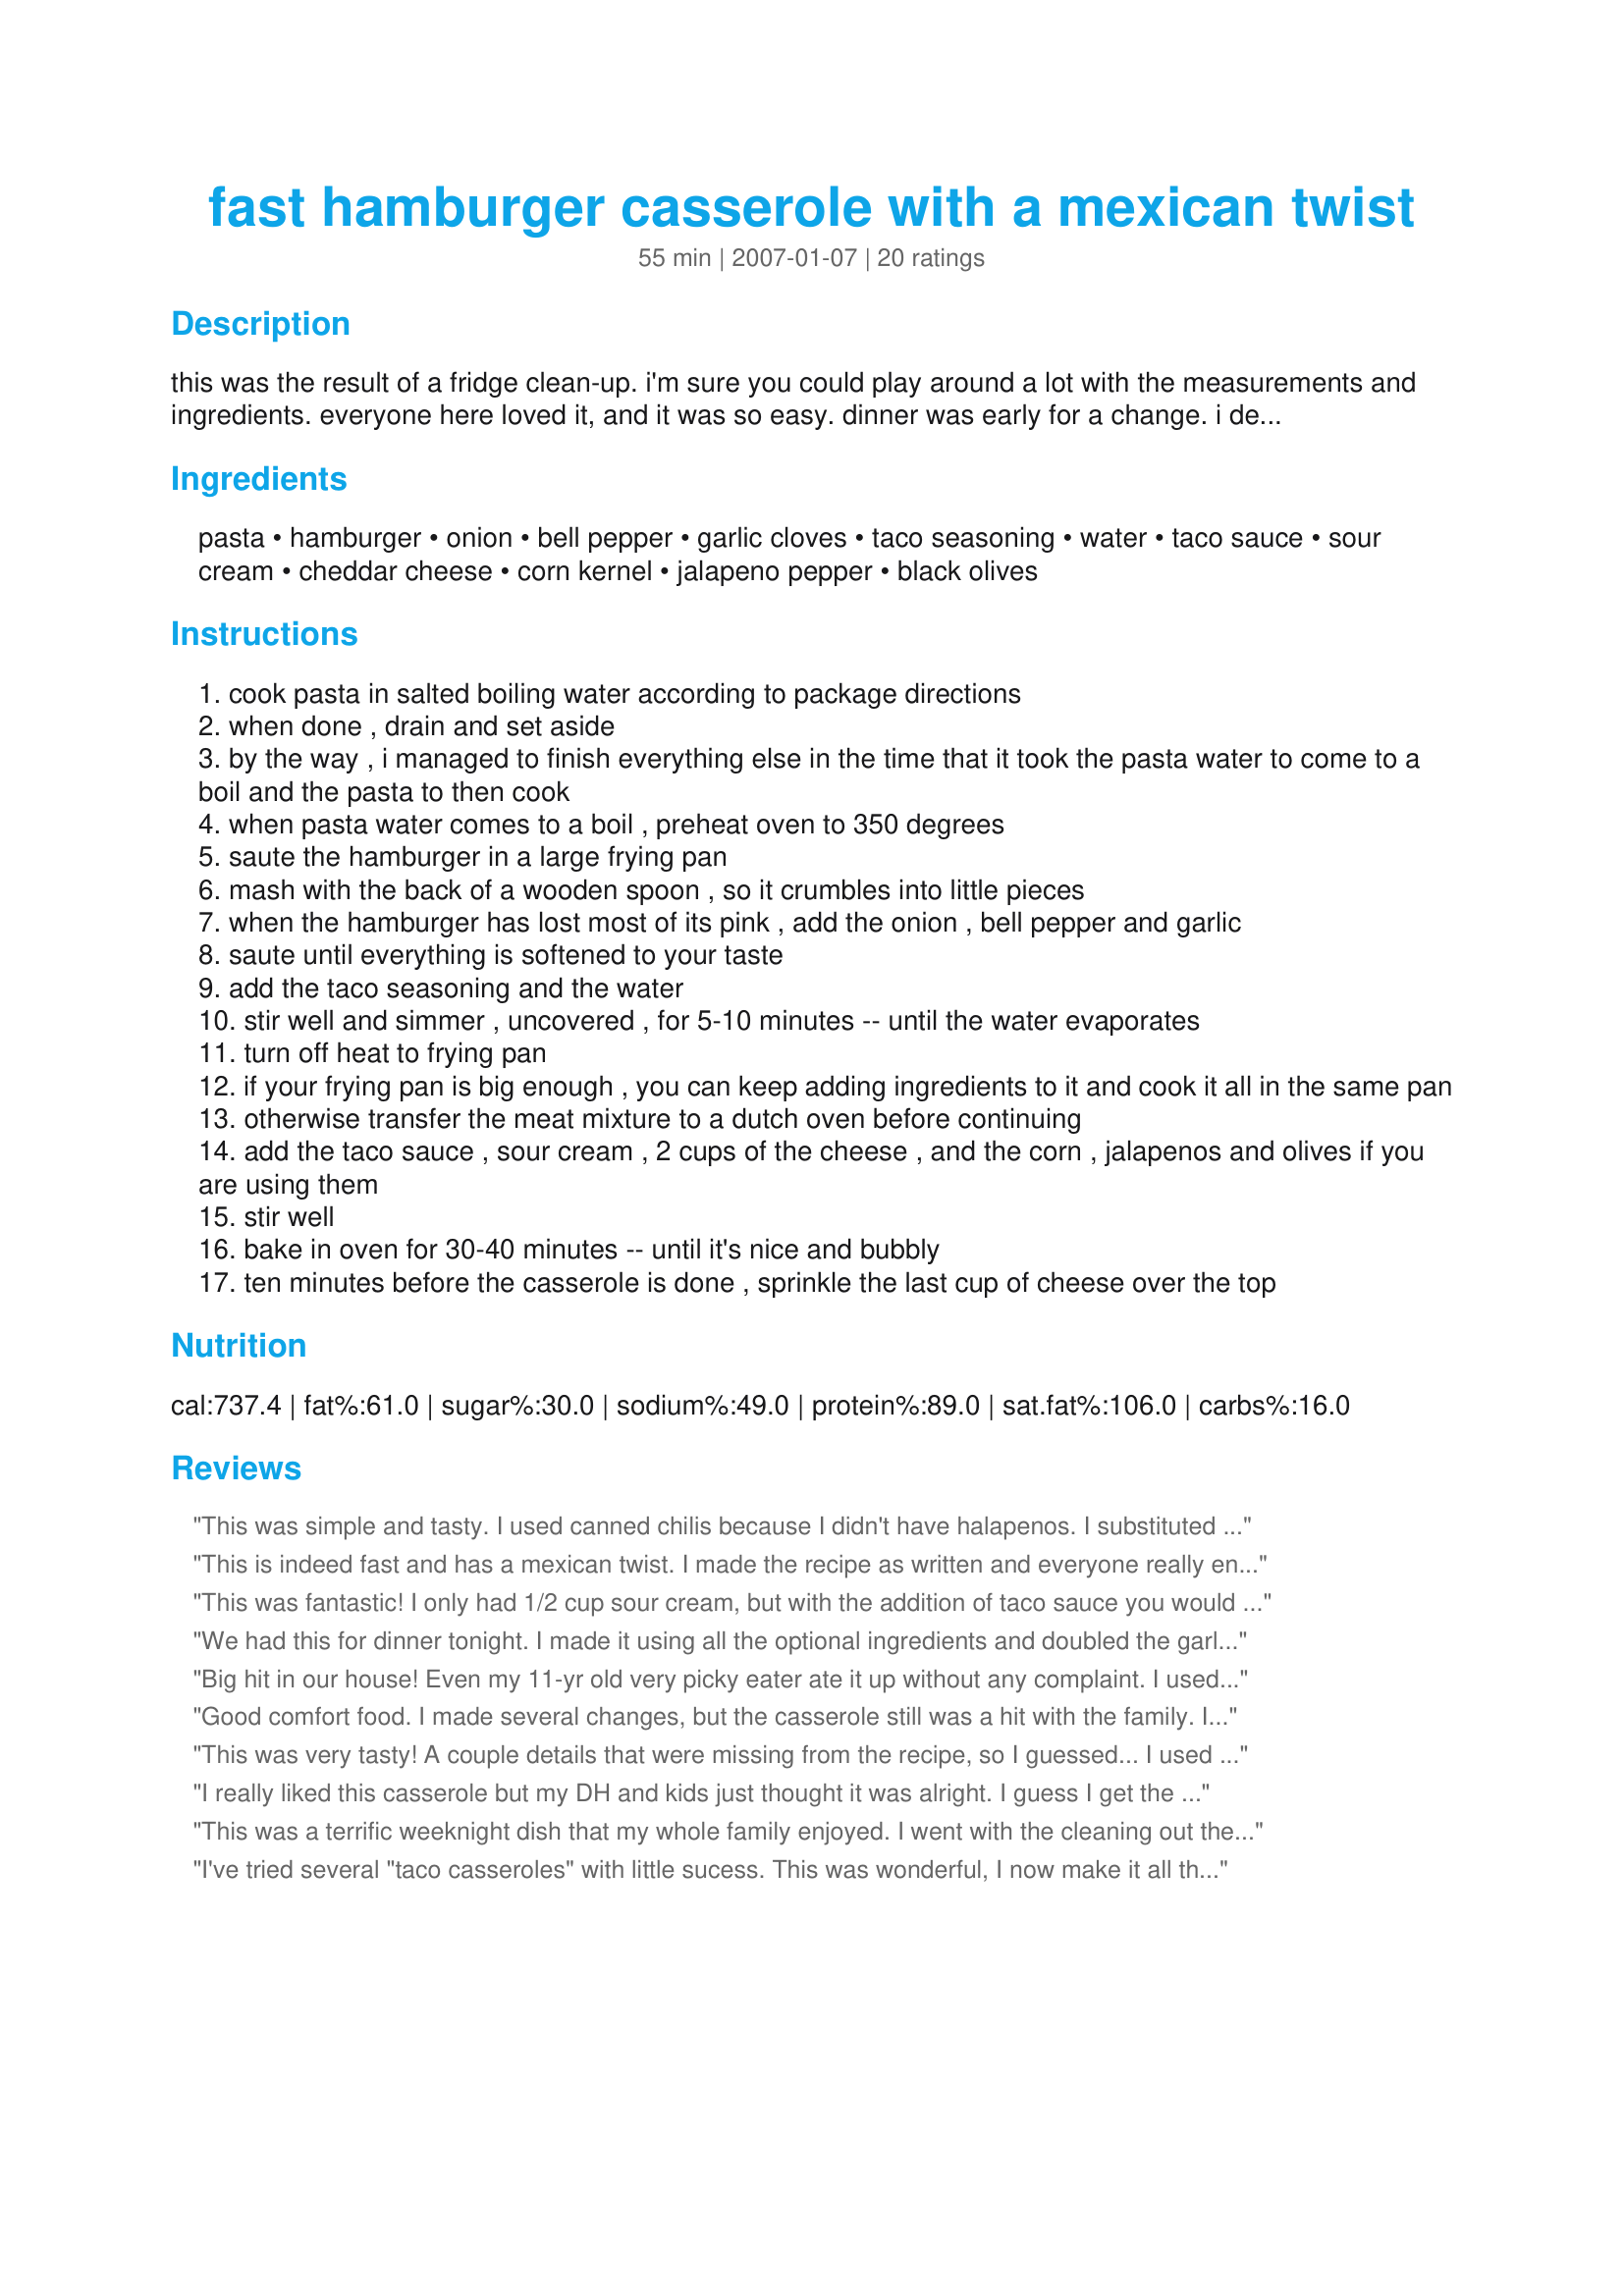
fast hamburger casserole with a mexican twist
Preparation time: 55 minutes

this was the result of a fridge clean-up. i'm sure you could play around a lot with the measurements and ingredients. everyone here loved it, and it was so easy. dinner was early for a change. i decided to post it before i forgot it. many thanks to those who have tried, enjoyed and reviewed this recipe. i always try a zmail to thank you, but can't always get through.

Ingredients:
pasta, hamburger, onion, bell pepper, garlic cloves, taco seasoning, water, taco sauce, sour cream, cheddar cheese, corn kernel, jalapeno pepper, black olives

Steps:
cook pasta in salted boiling water according to package directions
when done , drain and set aside
by the way , i managed to finish everything else in the time that it took the pasta water to come to a boil and the pasta to then cook
when pasta water comes to a boil , preheat oven to 350 degrees
saute the hamburger in a large frying pan
mash with the back of a wooden spoon , so it crumbles into little pieces
when the hamburger has lost most of its pink , add the onion , bell pepper and garlic
saute until everything is softened to your taste
add the taco seasoning and the water
stir well and simmer , uncovered , for 5-10 minutes -- until the water evaporates
turn off heat to frying pan
if your frying pan is big enough , you can keep adding ingredients to it and cook it all in the same pan
otherwise transfer the meat mixture to a dutch oven before continuing
add the taco sauce , sour cream , 2 cups of the cheese , and the corn , jalapenos and olives if you are using them
stir well
bake in oven for 30-40 minutes -- until it's nice and bubbly
ten minutes before the casserole is done , sprinkle the last cup of cheese over the top

Reviews:
This was simple and tasty. I used canned chilis because I didn't have halapenos. I substituted extra sharp grated cheddar cheese to add to the zip. We like sharp flavors. I made enough to freeze a second dish...I love doubling recipes and freezing for a really convenient meal when needed or feeling lazy. I'm going to try baking corn bread on top to give it that extra twist.
This is indeed fast and has a mexican twist. I made the recipe as written and everyone really enjoyed it. I am going with 5 stars because in addition to being inexpensive and yummy, it was EASY as can be. Thanks for the great recipe Peggy! Reviewed for PAC spring 08
This was fantastic! I only had 1/2 cup sour cream, but with the addition of taco sauce you would never know I was short on sour cream. I didn't add jalapeno's, we're whimps. This was easy, filling and tasty. Thanks so much Peggy!
We had this for dinner tonight. I made it using all the optional ingredients and doubled the garlic and cheese on top. Everyone enjoyed it!
Big hit in our house! Even my 11-yr old very picky eater ate it up without any complaint. I used a mix of pepper jack and cheddar, left out the olives and jalepenos, and took the suggestion of one of the reviews and sprinkled some crushed Doritos on top. I'm sure I'll make this again! Thanks for the recipe!
Good comfort food. I made several changes, but the casserole still was a hit with the family. I didn't have sour cream or onions, so I substituted French onion chip dip. I had left over macaroni and cheese, and used that instead of the pasta called for in the recipe. My fussy 19-year-old won't eat olives, so I skipped them, and swapped shredded mozzarella for the cheddar. Lastly, because my family was STARVING, I threw everthing together in a skillet and heated it on the stovetop. The casserole was spicy, cheesy, and easy. Thanks!
This was very tasty! A couple details that were missing from the recipe, so I guessed... I used a 9x13 glass dish & mixed the noodles in with everything else before baking. Also, I opted to used 2lbs. of hamburger and didn't have enough taco sauce (only about 3/4 cup) but it didn't seem to matter. I loved how easy this was to throw together! I will make this again! Thanks, Peggy! :)
I really liked this casserole but my DH and kids just thought it was alright. I guess I get the leftovers to myself, but thats okay by me. Thx for the recipe!
This was a terrific weeknight dish that my whole family enjoyed. I went with the cleaning out the fridge theme and added some celery that had seen better days, and a little hunk of Feta cheese that was lonely. I omitted the black olives as I didn't have any, and made it all in one pot. We all enjoyed this easy to put together meal. Thanks Peggy! Made for Aussie Swap :)
I've tried several "taco casseroles" with little sucess. This was wonderful, I now make it all the time. Thanks.
Really delicious Mexican casserole! I used a 12oz. box of pasta twirls and it turned out just great. Thanks for posting. Made for Aussie Recipe Swap June 2013.
Great way to use up leftovers. I did everything to the letter but, used a 4 cheese bag of Mexican cheeses. Anyone could tweak this to suit their tastes. Thanks for posting this keeper!
I tried this tonight and the family loved it, my 2-year old even took a second helping. I didn't have any taco sauce on hand, so I omitted that and it still came out quite flavorful ... in fact I don't even think it needs the taco sauce. I also added twice the sour cream it calls for, so it would be really creamy - and it was great. I added a can of corn, as suggested and would recommend adding to the recipe. Definitely a keeper.
Just made this and we loved it! The only change we made that we felt was neccessary was the addition of crunched up Tortilla chips on top. Definatly added the perfect touch! (I did omit the corn & black olives. I added a little extra sour cream and used 2lbs of hamburger instead of 1.5). Used a 9x13 casserole dish to bake it in.
This was really tasty! Next time I will add additional taco sauce. Other than that, it was a fast, and easy meal that made plenty of leftovers.
I followed this recipe,....well, almost as written. The only changes I made were to use 16 oz. of dry spiral pasta, instead of 10. (had a lot of people to feed), and because of the extra pasta, added an ample cup of medium salsa to the mix. Poured this into a 9x13 glass corningware dish and per some other reviewers suggestions topped this with crushed stale nacho chips I had in the freezer. I covered the dish with foil, baked for 35 min, took the foil off added the remainder of the cheese, and baked for another 10 minutes. The changes weren't major ones, and otherwise, followed the ingredients and cooking method as written. I just took this out of the oven, tasted it, and it's yummy. My 2 taco loving, adult daughters, are going to love this. P.S. I added 2,finely minced Jalepeno peppers, seeds and all to the mixture, and this is really spicey, but that's the way we like it, but beware.
This is soo good I?ve made it twice now. The second time I was loose with the measurements and it was too soggy. The first time however it was nirvana. Thanks to much for sharing this.
I needed a fast easy recipe to make a dish to share at a potluck, using things I had on hand. This casserole fit the bill in every way: fast, easy, delicious. Thanks for posting this keeper recipe!!
I made this for my sons band as they practice at our house every week. For the most part, I followed the recipe but didn't follow the directions as written. I used two pounds of hamburger. I cooked the burger, onions, peppers and garlic all at one time as my onions and peppers were frozen. I then added the taco sauce, one cup of beef broth instead of water and a cup of sour cream. I missed the taco seasoning in the directions earlier so I added it now. I cooked the mixture a few minutes and then added two cups of cheddar cheese. I didn't add any of the optional ingredients. I thought this was tasty but the boys thought it was really good. This was very easy to make with ingredients I normally have on hand.
I am a huge fan of quick & easy casserole meals on a busy weeknight and this definitely fit all the requirements! I had all the ingredients on hand (except for the corn) and it turned out great! Dear BF loved it and said it was very good :) Definitely will be in my rotation for dinner. Thank you so very much for posting this delicious recipe!
